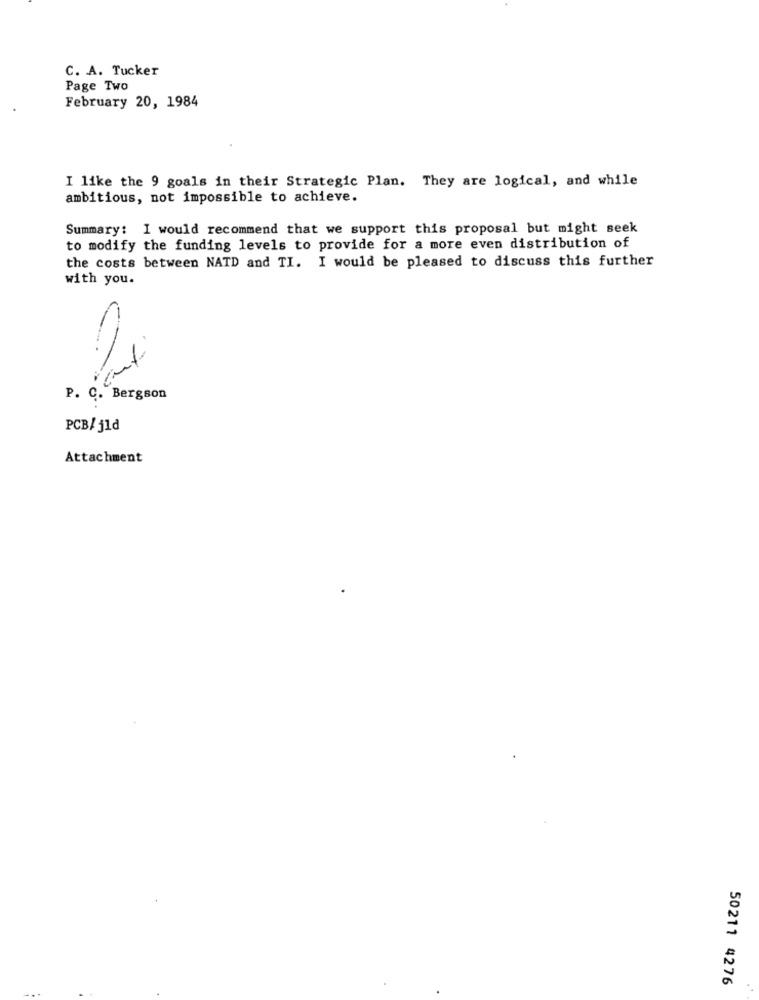
C. A. Tucker
Page Two
February 20, 1984
I like the 9 goals in their Strategic Plan. They are logical, and while
ambitious, not impossible to achieve.
Summary: I would recommend that we support this proposal but might seek
to modify the funding levels to provide for a more even distribution of
the costs between NATD and TI. I would be pleased to discuss this further
with you.
P. C. Bergson
PCB/jld
Attachment
50211 4276